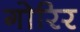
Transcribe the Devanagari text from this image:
गोरिर